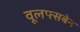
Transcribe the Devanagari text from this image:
वूलफ्सबेन